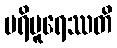
ပရိပူရေဿတိ